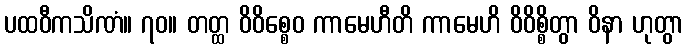
ပထဝီကသိဏံ။ ၇၀။ တတ္ထ ဝိဝိစ္စေဝ ကာမေဟီတိ ကာမေဟိ ဝိဝိစ္စိတွာ ဝိနာ ဟုတွာ